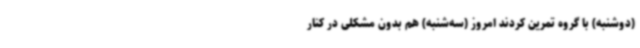
(دوشنبه) با گروه تمرین کردند امروز (سه‌شنبه) هم بدون مشکلی در کنار